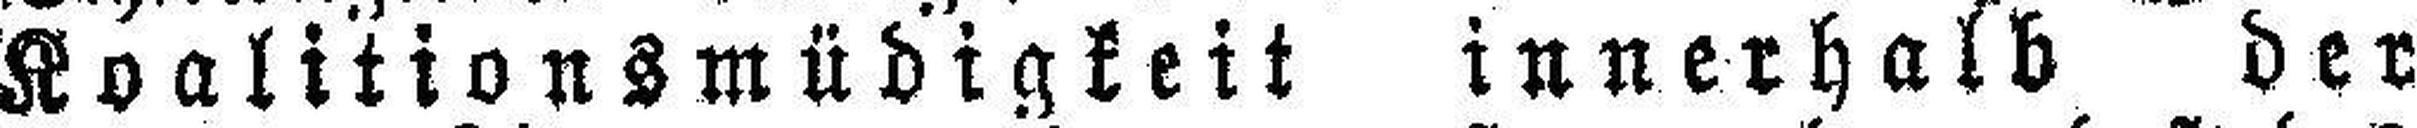
Koalitionsmüdigkeit innerhalb der